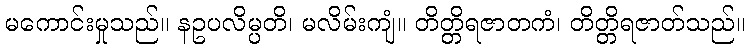
မကောင်းမှုသည်။ နဥပလိမ္ပတိ၊ မလိမ်းကျံ။ တိတ္တိရဇာတကံ၊ တိတ္တိရဇာတ်သည်။